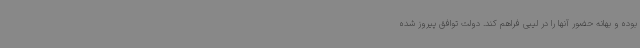
بوده و بهانه حضور آنها را در لیبی فراهم کند. دولت توافق پیروز شده‌